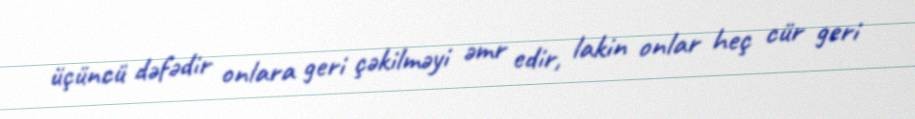
üçüncü dəfədir onlara geri çəkilməyi əmr edir, lakin onlar heç cür geri